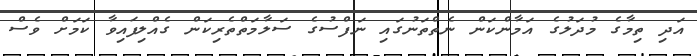
އަދި ތިމާގެ މުދަލުގެ އަމާންކަން ނެތްތަނުގައި ނަފްސުގެ ސަލާމަތްތެރިކަން ގެއްލިފައިވާ ކަމަށް ވެސް